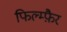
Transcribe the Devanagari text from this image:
फिल्म्फ़ैर